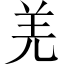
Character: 羌